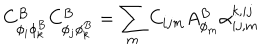
C _ { \phi _ { i } \phi _ { k } ^ { B } } ^ { B } C _ { \phi _ { j } \phi _ { k } ^ { B } } ^ { B } = \sum _ { m } C _ { i j m } A _ { \phi _ { m } } ^ { B } \alpha _ { i j , m } ^ { k , i j }